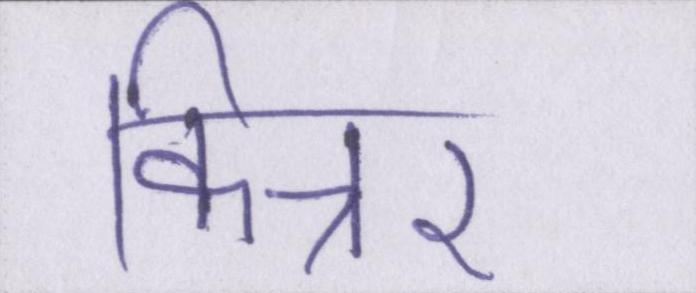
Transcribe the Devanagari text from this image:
किन्नर